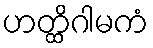
ဟတ္ထိဂါမကံ